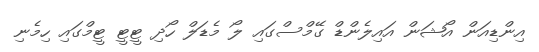
އިންޑިއަން އޯޝަން އައިލެންޑް ގޭމްސްގައި ލޯ މެޑަލް ހޯދި ޓީޓީ ޓީމްގައި ހިމެނި